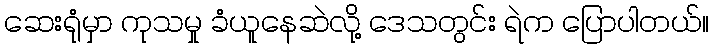
ဆေးရုံမှာ ကုသမှု ခံယူနေဆဲလို့ ဒေသတွင်း ရဲက ပြောပါတယ်။